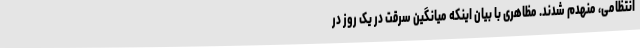
انتظامی، منهدم شدند. مظاهری با بیان اینکه میانگین سرقت در یک روز در